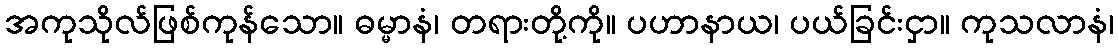
အကုသိုလ်ဖြစ်ကုန်သော။ ဓမ္မာနံ၊ တရားတို့ကို။ ပဟာနာယ၊ ပယ်ခြင်းငှာ။ ကုသလာနံ၊